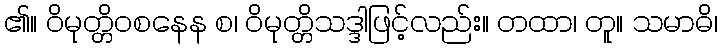
၏။ ဝိမုတ္တိဝစနေန စ၊ ဝိမုတ္တိသဒ္ဒါဖြင့်လည်း။ တထာ၊ တူ။ သမာဓိ၊